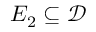
E _ { 2 } \subseteq { \mathcal { D } }